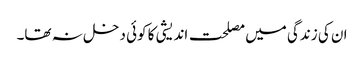
ان کی زندگی میں مصلحت اندیشی کا کوئی دخل نہ تھا۔